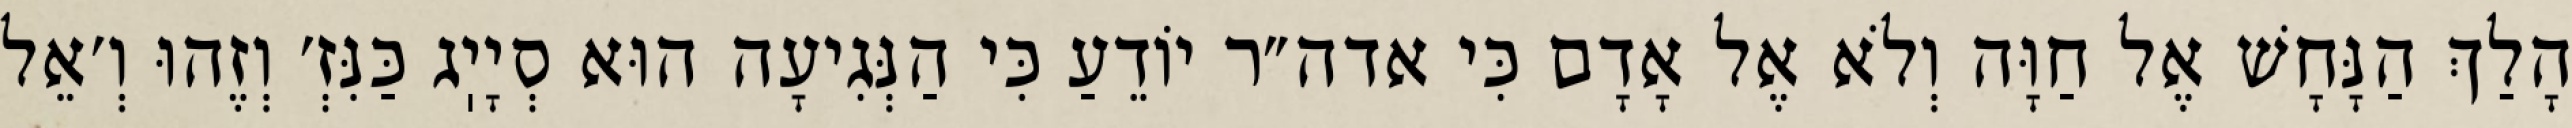
הָלַךְ הַנָּחָשׁ אֶל חַוָּה וְלֹא אֶל אָדָם כִּי אדה״ר יוֹדֵעַ כִּי הַנְּגִיעָה הוּא סְיָיֽג כַּנִּזְ׳ וְזֶהוּ וְ׳אֵל